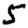
Digit: 5